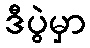
ဒီပွဲမှာ